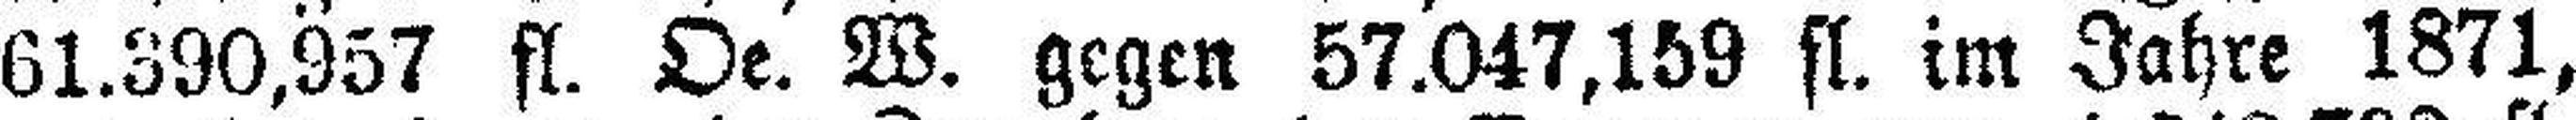
61.390,957 fl. Oe. W. gegen 57.047,159 fl. im Jahre 1871,